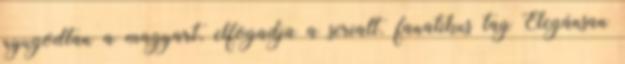
nyugodtan a magyart, elfogadja a serialt. fanatikus tag Elegánsan